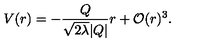
V ( r ) = - \frac { Q } { \sqrt { 2 \lambda } | Q | } r + { \cal { O } } ( r ) ^ { 3 } .